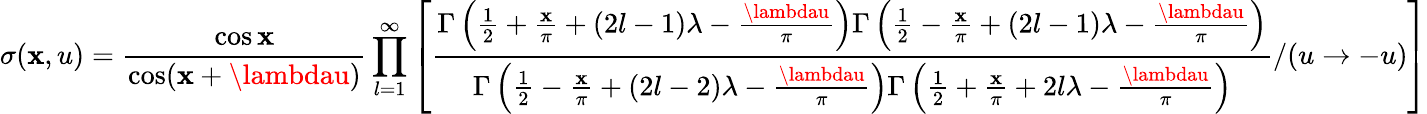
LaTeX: \sigma(\mathbf{x},u)=\frac{{\cos\mathbf{x}}}{{\cos(\mathbf{x}+\lambdau)}}\prod_{l=1}^{\infty}\left[\frac{{\Gamma\left(\frac{{1}}{{2}}+\frac{{\mathbf{x}}}{{\pi}}+(2l-1)\lambda-\frac{{\lambdau}}{{\pi}}\right)\Gamma\left(\frac{{1}}{{2}}-\frac{{\mathbf{x}}}{{\pi}}+(2l-1)\lambda-\frac{{\lambdau}}{{\pi}}\right)}}{{\Gamma\left(\frac{{1}}{{2}}-\frac{{\mathbf{x}}}{{\pi}}+(2l-2)\lambda-\frac{{\lambdau}}{{\pi}}\right)\Gamma\left(\frac{{1}}{{2}}+\frac{{\mathbf{x}}}{{\pi}}+2l\lambda-\frac{{\lambdau}}{{\pi}}\right)}}/(u\to-u)\right]